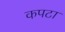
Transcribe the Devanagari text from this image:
कपटा